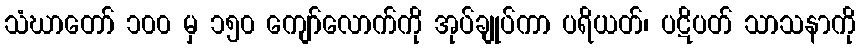
သံဃာတော် ၁၀၀ မှ ၁၅၀ ကျော်လောက်ကို အုပ်ချုပ်ကာ ပရိယတ်၊ ပဋိပတ် သာသနာကို